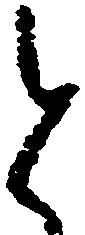
と